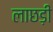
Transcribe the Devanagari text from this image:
लाछड़ी